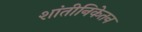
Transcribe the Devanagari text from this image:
शांतीनिकेतन